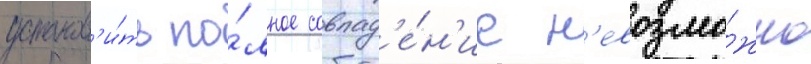
установ'и́ть по́лное совпад'е́н'ие н'евозмо́жно